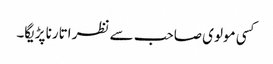
کسی مولوی صاحب سے نظر اتارنا پڑیگا۔